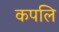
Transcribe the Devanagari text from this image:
कपलि